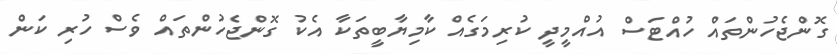
ގޮންޖެހުންތައް ހުއްޓަސް އުއްމީދީ ކުރިމަގެއް ކާމިޔާބީތަކާ އެކު ގޮންޖެހުންތައް ވެސް ހުރި ކަން